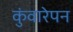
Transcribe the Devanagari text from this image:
कुंवारेपन